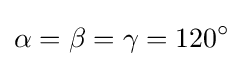
\alpha =\beta =\gamma =120^{\circ }